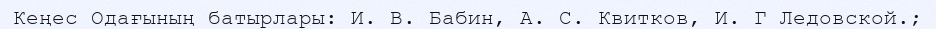
Кеңес Одағының батырлары: И. В. Бабин, А. С. Квитков, И. Г Ледовской.;